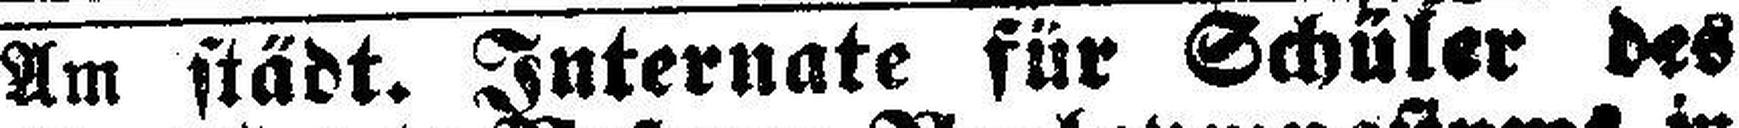
Am städt. Internate für Schüler des